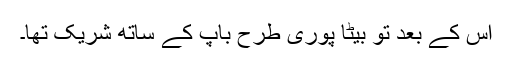
اس کے بعد تو بیٹا پوری طرح باپ کے ساتھ شریک تھا۔